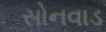
સોનવાડ